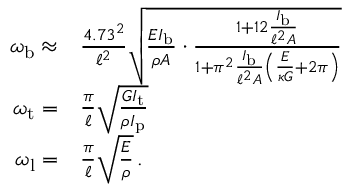
\begin{array} { r l } { \omega _ { \mathrm { b } } \approx } & { { } \frac { 4 . 7 3 ^ { 2 } } { \ell ^ { 2 } } \sqrt { \frac { E I _ { \mathrm { b } } } { \rho A } \cdot \frac { 1 + 1 2 \frac { I _ { \mathrm { b } } } { \ell ^ { 2 } A } } { 1 + \pi ^ { 2 } \frac { I _ { \mathrm { b } } } { \ell ^ { 2 } A } \left( \frac { E } { \kappa G } + 2 \pi \right) } } } \\ { \omega _ { \mathrm { t } } = } & { { } \frac { \pi } { \ell } \sqrt { \frac { G I _ { \mathrm { t } } } { \rho I _ { \mathrm { p } } } } } \\ { \omega _ { \mathrm { l } } = } & { { } \frac { \pi } { \ell } \sqrt { \frac { E } { \rho } } \, . } \end{array}